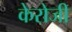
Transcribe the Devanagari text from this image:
केरोजी